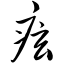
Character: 痃